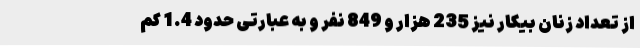
از تعداد زنان بیکار نیز 235 هزار و 849 نفر و به عبارتی حدود 1.4 کم